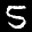
Label: 5